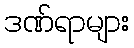
ဒဏ်ရာများ